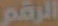
الرقم